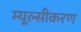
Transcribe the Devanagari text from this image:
म्यूल्सीकरण